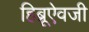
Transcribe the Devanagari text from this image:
हिब्रूऐवजी